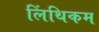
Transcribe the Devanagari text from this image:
लिंथिकम